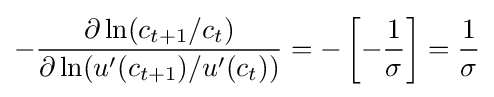
-{\frac {\partial \ln(c_{t+1}/c_{t})}{\partial \ln(u'(c_{t+1})/u'(c_{t}))}}=-\left[-{\frac {1}{\sigma }}\right]={\frac {1}{\sigma }}